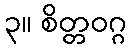
၃။ စိတ္တဝဂ္ဂ